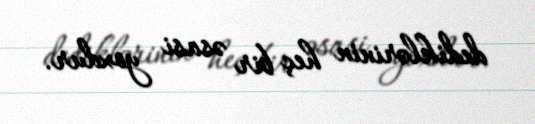
dediklərinin heç bir əsasi yoxdur.